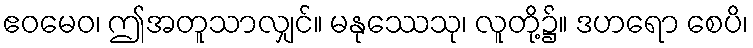
ဧဝမေဝ၊ ဤအတူသာလျှင်။ မနုဿေသု၊ လူတို့၌။ ဒဟရော စေပိ၊